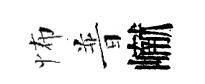
怖普𪩘